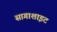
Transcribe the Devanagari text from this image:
सागाशाइट